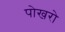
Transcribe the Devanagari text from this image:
पोखरो